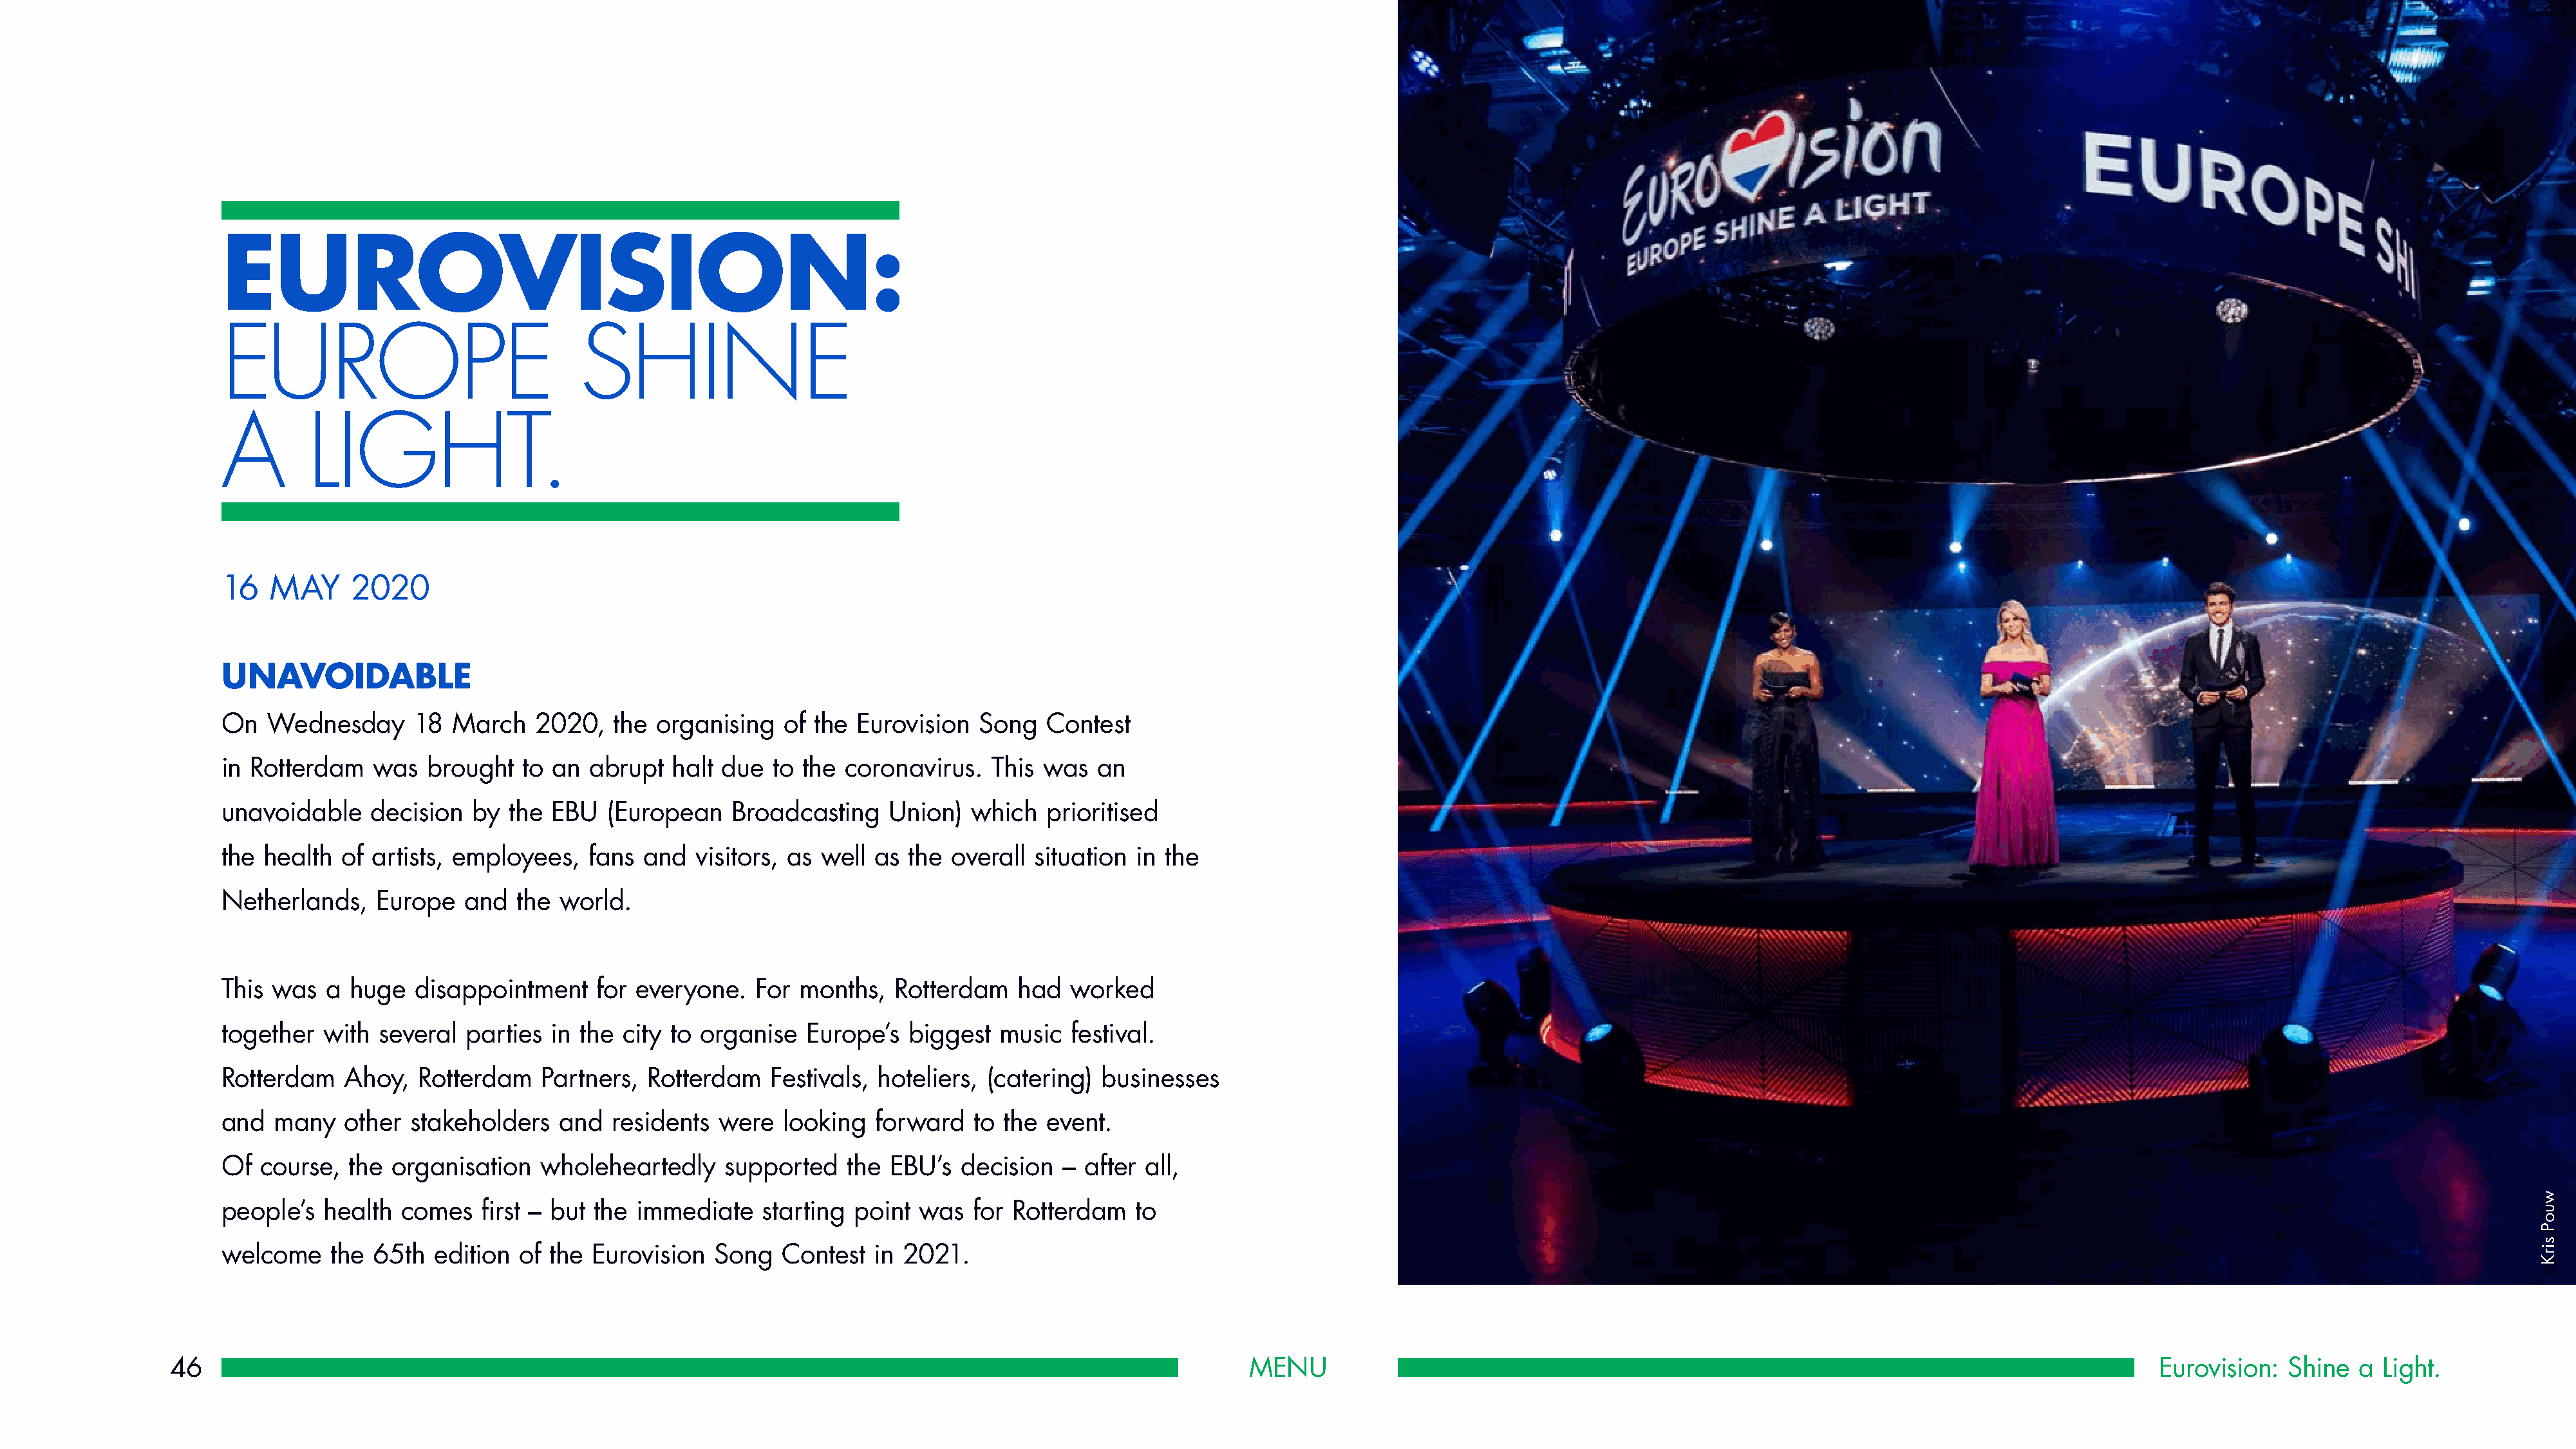
EUROVISION:
 EUROPE                               SHINE
 A        LIGHT.
 16   MAY     2020
 UNAVOIDABLE
 On  Wednesday       18  March   2020,   the organising    of the Eurovision   Song   Contest
 in Rotterdam   was   brought   to an  abrupt  halt due  to  the coronavirus.   This was   an
 unavoidable    decision   by the  EBU  (European    Broadcasting    Union)   which   prioritised
 the health  of artists, employees,   fans  and   visitors, as well as the  overall situation  in the
 Netherlands,    Europe   and  the  world.
 This was   a huge   disappointment    for everyone.    For months,   Rotterdam    had  worked
 together  with  several  parties  in the city to organise   Europe’s  biggest   music  festival.
 Rotterdam   Ahoy,   Rotterdam    Partners,  Rotterdam   Festivals, hoteliers, (catering)  businesses
 and  many   other  stakeholders   and   residents  were  looking   forward   to the  event.
 Of  course,  the organisation    wholeheartedly     supported   the EBU’s   decision  –  after all,
 people’s  health  comes    first – but the immediate   starting  point was   for Rotterdam    to
 welcome    the 65th   edition of  the Eurovision  Song   Contest   in 2021.
 46                                                                                                             MENU                                                                                          Eurovision:  Shine  a  Light.
 wuoP
 sirK